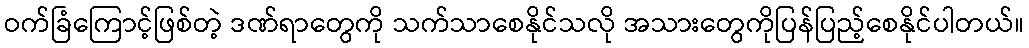
ဝက်ခြံကြောင့်ဖြစ်တဲ့ ဒဏ်ရာတွေကို သက်သာစေနိုင်သလို အသားတွေကိုပြန်ပြည့်စေနိုင်ပါတယ်။